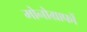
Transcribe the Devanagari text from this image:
मोनोग्राफों